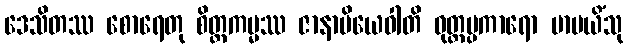
ဒေသိတဿ စောရေတု စိတ္တကမ္မဿ ဇာနာမိယေဝါတိ ဝုတ္တပ္ပကာရော မာပယိံသု